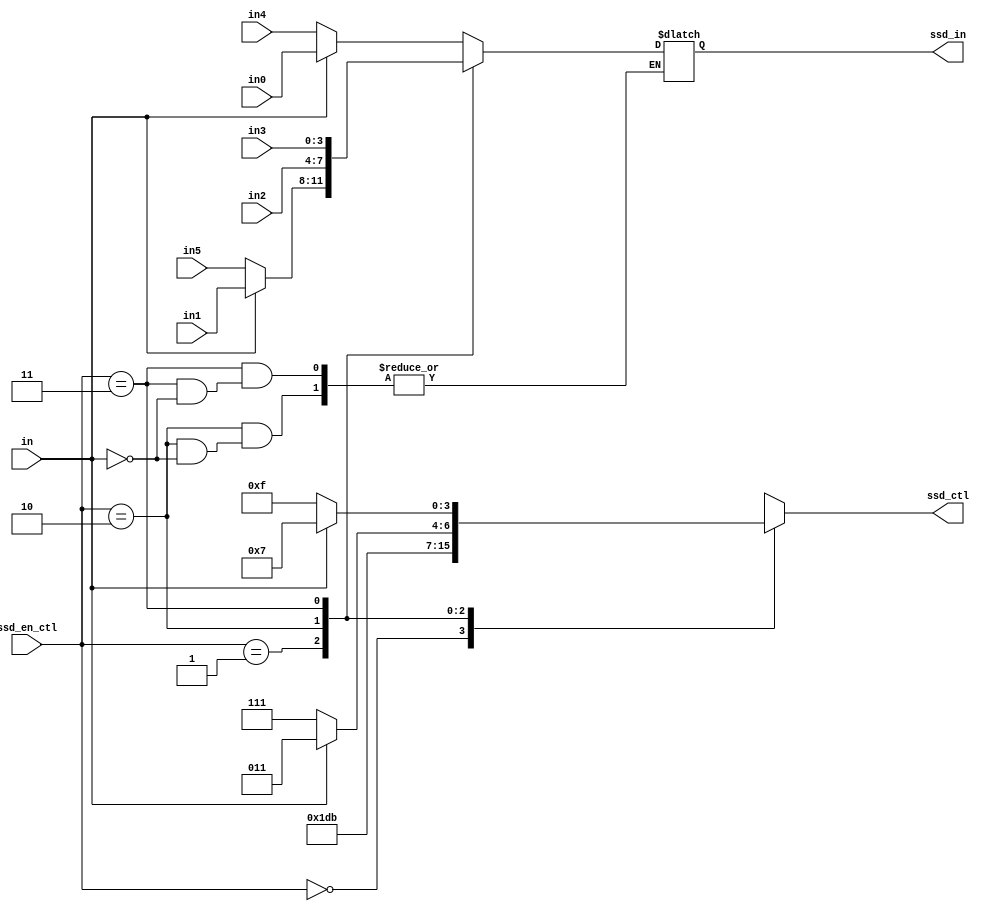
`timescale 1ns / 1ps
//////////////////////////////////////////////////////////////////////////////////
// Company: 
// Engineer: 
// 
// Design Name: 
// Module Name: scan_ctl
// Project Name: 
// Target Devices: 
// Tool Versions: 
// Description: 
// 
// Dependencies: 
// 
// Revision:
// Revision 0.01 - File Created
// Additional Comments:
// 
//////////////////////////////////////////////////////////////////////////////////


module scan_ctl(
    ssd_in,//output for display
    ssd_ctl,//output 7-segment
    ssd_en_ctl,//input from freqdiv
    in,
    in0,//input from cnt
    in1,
    in2,
    in3,
    in4,
    in5
    );
    output reg [3:0]ssd_in;
    output reg [3:0]ssd_ctl;
    input [1:0]ssd_en_ctl;
    input in;//dipswitch
    input [3:0]in0;//month
    input [3:0]in1;//month
    input [3:0]in2;//day
    input [3:0]in3;
    input [3:0]in4, in5;//year
    always@*
        case(ssd_en_ctl) 
           2'b00:
           begin
           ssd_ctl = 4'b1110;
           if (in)
           ssd_in = in0;
           else 
           ssd_in = in4;
           end
           2'b01:
           begin
           ssd_ctl = 4'b1101;
           if (in)
           ssd_in = in1;
           else
           ssd_in = in5;
           end
            2'b10:
             begin
             if (in)begin
             ssd_ctl = 4'b1011;
             ssd_in = in2;
             end
             else ssd_ctl = 4'b1111;
             end
             2'b11:
             begin
             if (in)begin
             ssd_ctl = 4'b0111;
             ssd_in = in3;
             end 
             else ssd_ctl = 4'b1111;
             end
           default:
            begin
            ssd_ctl = 4'b0111;
            ssd_in = in3;
            end
        endcase
           
            
    
endmodule